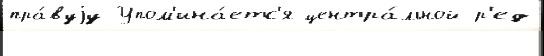
пра́вуjу Упом'ина́етс'я центра́льной р'ед